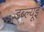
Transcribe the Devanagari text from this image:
डब्ल्यूई